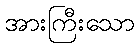
အားကြီးသော